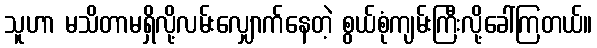
သူဟာ မသိတာမရှိလို့လမ်းလျှောက်နေတဲ့ စွယ်စုံကျမ်းကြီးလို့ခေါ်ကြတယ်။